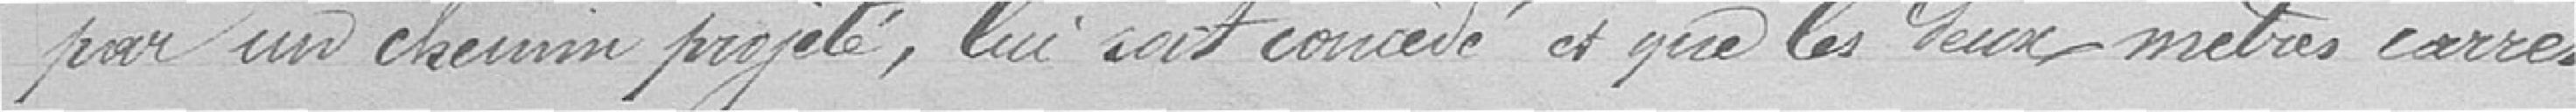
par un chemin projeté, lui sont concédés et que les deux mètres carrés